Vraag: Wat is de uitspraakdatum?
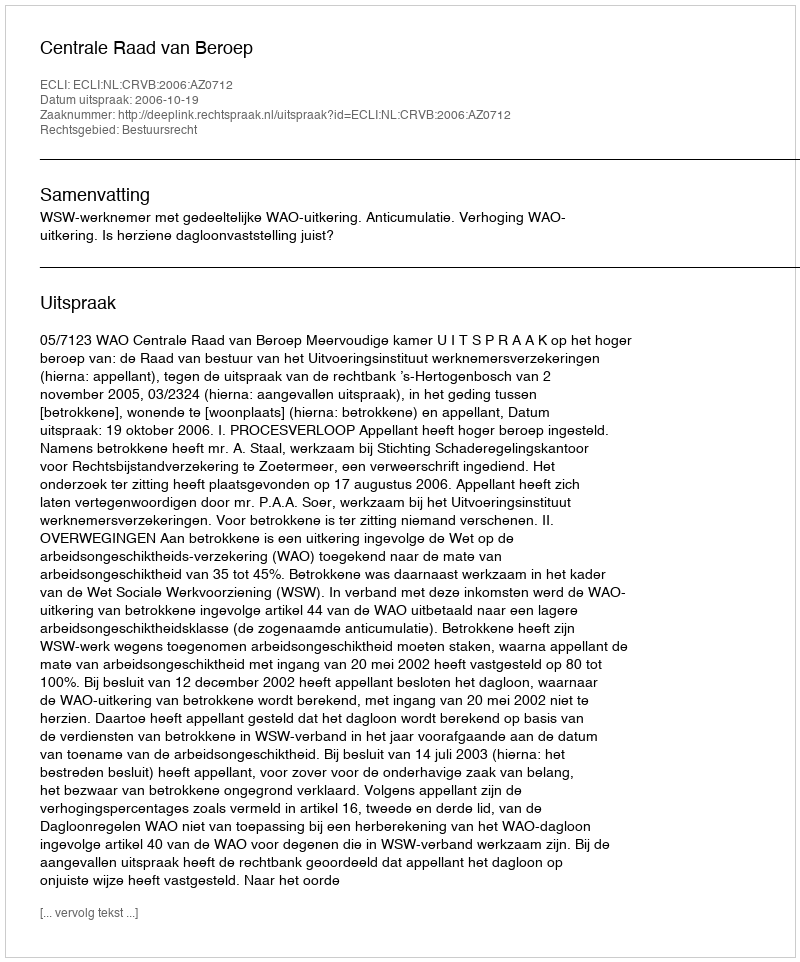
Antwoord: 2006-10-19